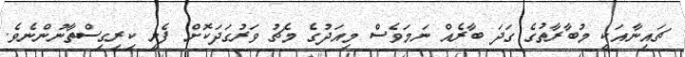
ޗައިނާއަކީ މުބާރާތުގެ ގަދަ ބާރެއް ނަމަވެސް މިއަދުގެ މެޗު ވަރުގަދަކޮށް ފެށީ ކިރިގިސްތާނުންނެވެ.